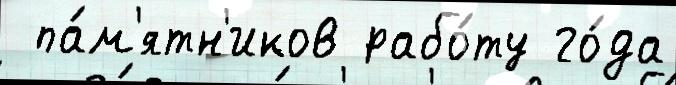
 па́м'ятн'иков рабо́ту го́да